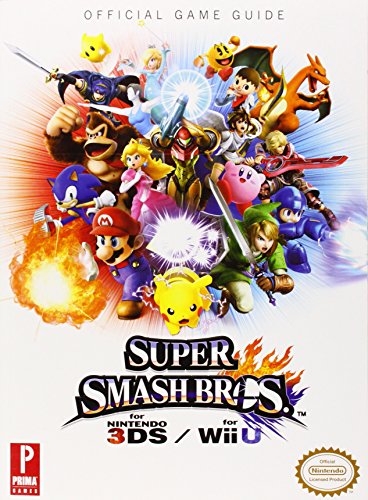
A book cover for Super Smash Bros. WiiU/3DS: Prima Official Game Guide (Prima Official Game Guides); Nick von Esmarch; Humor & Entertainment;